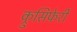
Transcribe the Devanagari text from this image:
क्रुसिफेरी